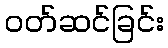
ဝတ်ဆင်ခြင်း